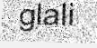
glali